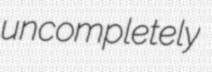
uncompletely